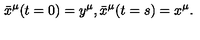
\bar { x } ^ { \mu } ( t = 0 ) = y ^ { \mu } , \bar { x } ^ { \mu } ( t = s ) = x ^ { \mu } .